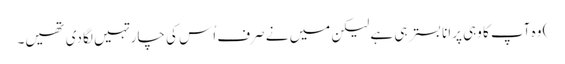
) وہ آپ کا وہی پرانا بستر ہی ہے لیکن میں نے صرف اُس کی چار تہیں لگا دی تھیں۔